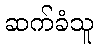
ဆက်ခံသူ